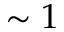
\sim 1